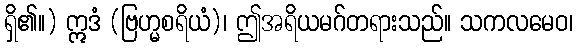
ရှိ၏။) ဣဒံ (ဗြဟ္မစရိယံ)၊ ဤအရိယမဂ်တရားသည်။ သကလမေဝ၊